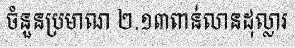
ចំនួនប្រមាណ ២.១៣ពាន់លានដុល្លារ